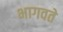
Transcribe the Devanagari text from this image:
भागवते